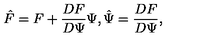
\hat { F } = F + \frac { D F } { D \Psi } \Psi , \hat { \Psi } = \frac { D F } { D \Psi } ,